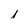
Character: I